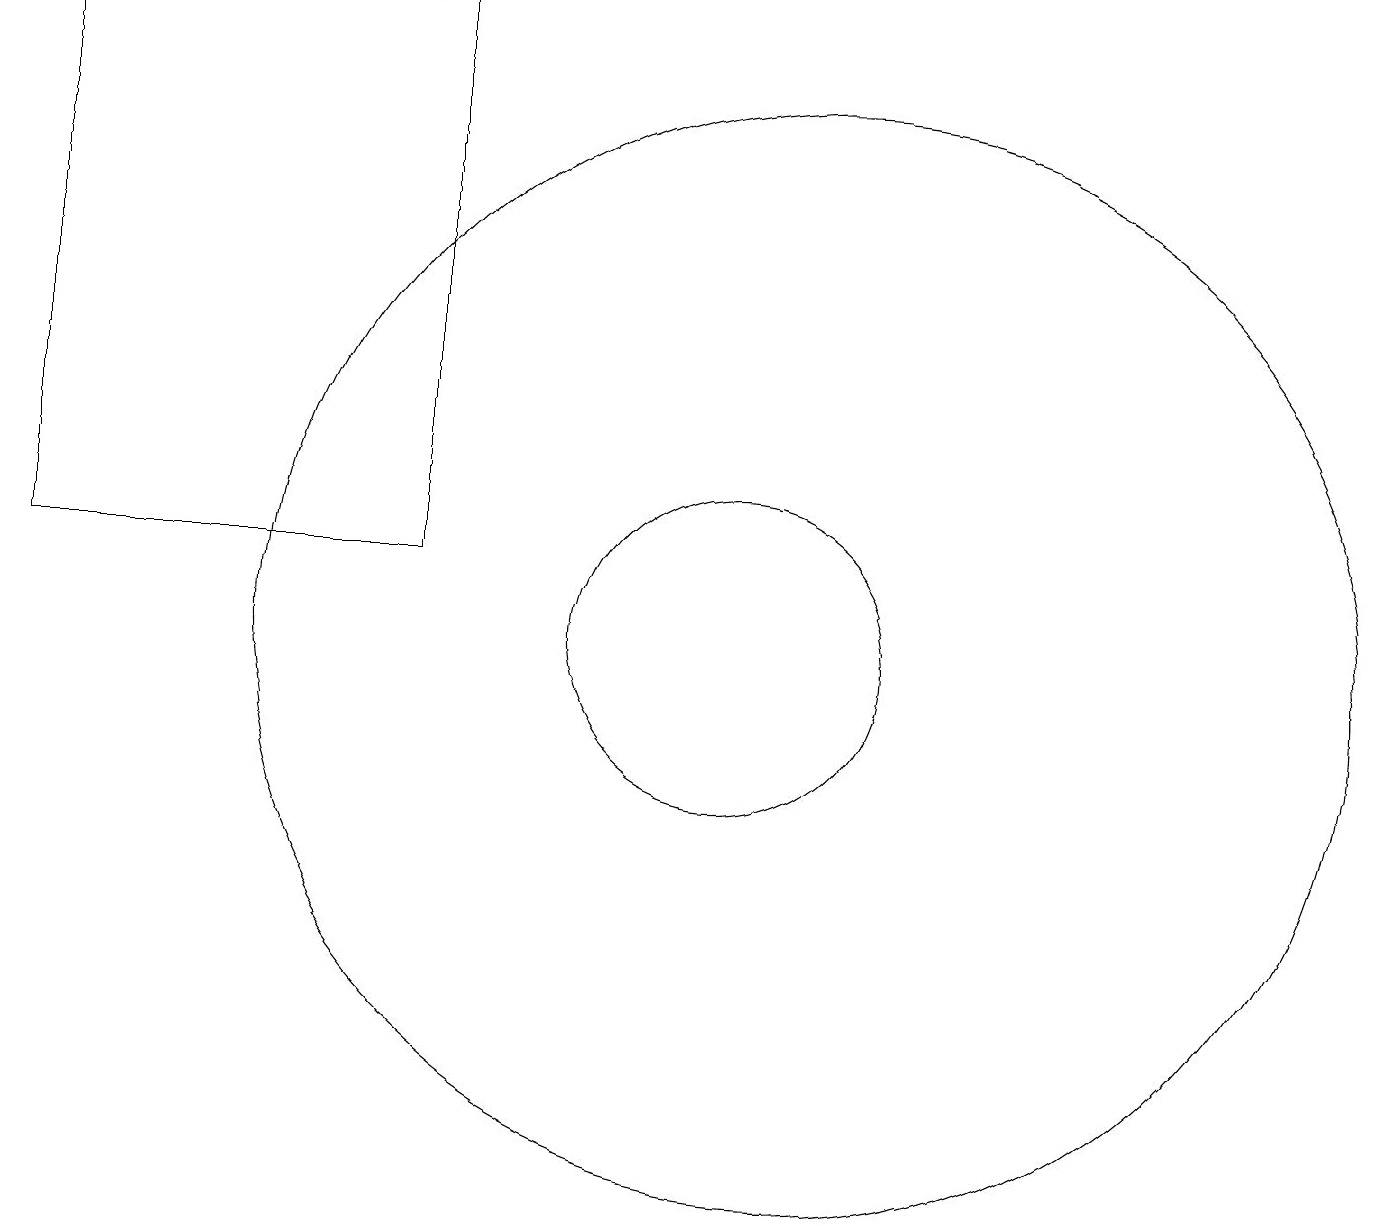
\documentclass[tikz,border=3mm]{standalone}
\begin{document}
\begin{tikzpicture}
\draw (10,11) circle (2);
\draw (11,11) circle (7);
\draw (1,12) rectangle (6,19);
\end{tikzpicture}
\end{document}